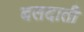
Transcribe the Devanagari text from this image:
बलदाती